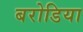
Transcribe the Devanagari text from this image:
बरोडिया